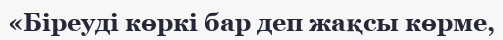
«Біреуді көркі бар деп жақсы көрме,